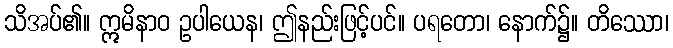
သိအပ်၏။ ဣမိနာဝ ဥပါယေန၊ ဤနည်းဖြင့်ပင်။ ပရတော၊ နောက်၌။ တိဿော၊